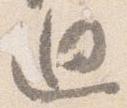
廻